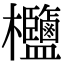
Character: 𣡶